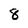
Character: 8